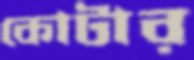
কোটার